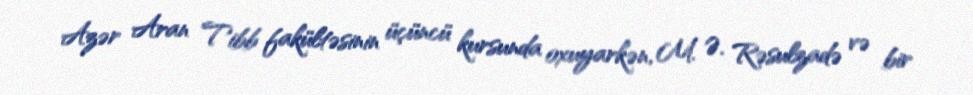
Azər Aran Tibb fakültəsinin üçüncü kursunda oxuyarkən, M. Ə. Rəsulzadə və bir